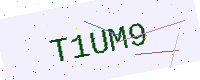
Text: T1UM9